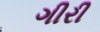
ગીરી